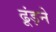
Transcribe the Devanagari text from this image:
ढूंड़ने